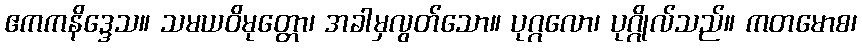
ဧကကနိဒ္ဒေသ။ သမယဝိမုတ္တော၊ အခါမှလွတ်သော။ ပုဂ္ဂလော၊ ပုဂ္ဂိုလ်သည်။ ကတမောစ၊